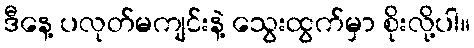
ဒီနေ့ ပလုတ်မကျင်းနဲ့ သွေးထွက်မှာ စိုးလို့ပါ။